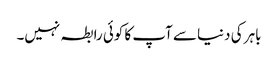
باہر کی دنیا سے آپ کا کوئی رابطہ نہیں۔